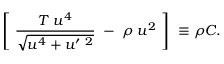
\left[ \; \frac { T \; u ^ { 4 } } { \sqrt { u ^ { 4 } + u ^ { \prime \ 2 } } } \; - \; \rho \; u ^ { 2 } \; \right] \ \equiv \rho C .